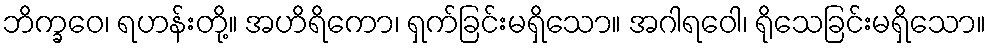
ဘိက္ခဝေ၊ ရဟန်းတို့။ အဟိရိကော၊ ရှက်ခြင်းမရှိသော။ အဂါရဝေါ၊ ရိုသေခြင်းမရှိသော။